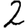
Digit: 2